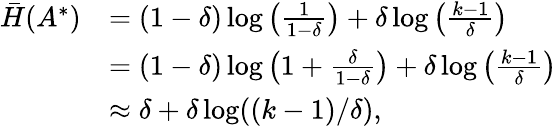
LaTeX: \begin{array}{rl}{\bar{H}(A^{*})}&{=(1-\delta)\log\left(\frac{1}{1-\delta}\right)+\delta\log\left(\frac{k-1}{\delta}\right)}\\ &{=(1-\delta)\log\left(1+\frac{\delta}{1-\delta}\right)+\delta\log\left(\frac{k-1}{\delta}\right)}\\ &{\approx\delta+\delta\log((k-1)/\delta),}\end{array}